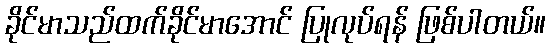
ခိုင်မာသည်ထက်ခိုင်မာအောင် ပြုလုပ်ရန် ဖြစ်ပါတယ်။